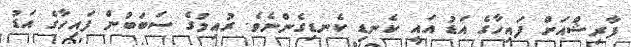
ފާރިޝްއަށް ފައިހާގެ އަޑު އައީ ކެނޑި ކެނޑިގެންނެވެ. ރުއިމުގެ ސަބަބުން ފައިހާގެ އަޑު